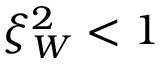
\xi _ { W } ^ { 2 } < 1